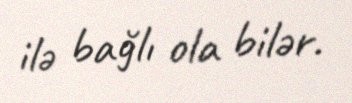
ilə bağlı ola bilər.